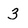
Character: 3